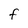
Character: F